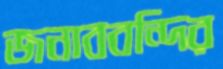
জনাববন্দির